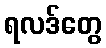
ရလဒ်တွေ